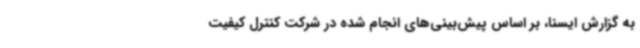
به گزارش ایسنا، بر اساس پیش‌بینی‌های انجام‌ شده در شرکت کنترل کیفیت